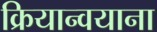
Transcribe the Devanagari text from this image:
क्रियान्वयाना